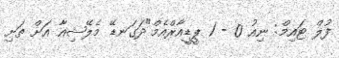
ފުލް ޓައިމް: ނިއު 0 - 1 ޕީޑީއާރްއެމް"ދަގަނޑޭ މެލޭޝިއާ އަށް ތަށި